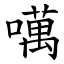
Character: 噧